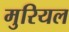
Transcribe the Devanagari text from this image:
मुरियल